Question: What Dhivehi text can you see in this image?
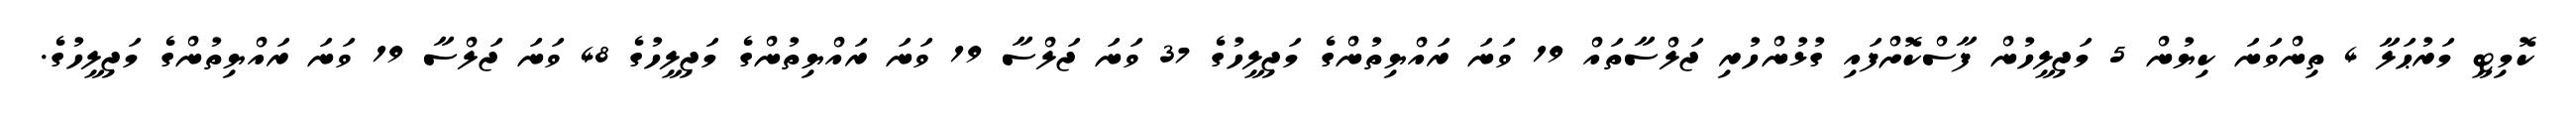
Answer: ކޮމިޓީ މަރުޙަލާ 4 ތިންވަނަ ކިޔުން 5 މަޖިލީހުން ފާސްކޮށްފައި ގުޅުންހުރި ޖަލްސާތައް 19 ވަނަ ރައްޔިތުންގެ މަޖިލީހުގެ 37 ވަނަ ޖަލްސާ 19 ވަނަ ރައްޔިތުންގެ މަޖިލީހުގެ 48 ވަނަ ޖަލްސާ 19 ވަނަ ރައްޔިތުންގެ މަޖިލީހުގެ.